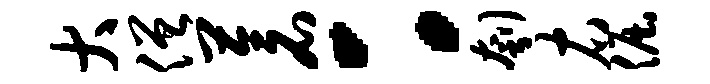
大僧苍：刳右倔